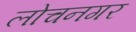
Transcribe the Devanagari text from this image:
लोचनगर